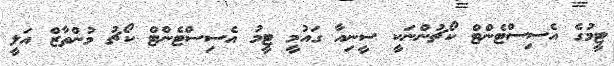
ޓީމުގެ އެސިސްޓެންޓް ކޯޗުންނަކީ ސީނިއާ ގައުމީ ޓީމު އެސިސްޓެންޓް ކޯޗު މުންތާޒް އަލީ